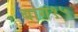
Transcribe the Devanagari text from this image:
बाग१५